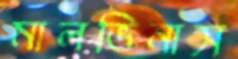
মালভিনাস